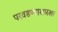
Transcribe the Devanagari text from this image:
परवडण्यासारखा